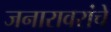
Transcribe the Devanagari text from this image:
जनारावरांचे